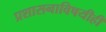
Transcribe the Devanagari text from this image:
प्रशासनाविषयीही